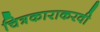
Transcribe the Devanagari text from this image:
चित्रकाराकरवी